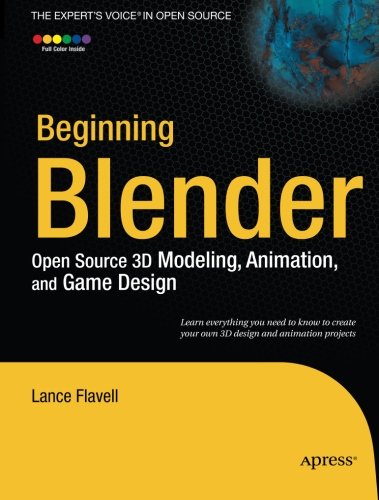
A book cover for Beginning Blender: Open Source 3D Modeling, Animation, and Game Design; Lance Flavell; Computers & Technology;